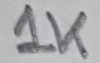
Text: 1K